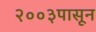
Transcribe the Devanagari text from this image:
२००३पासून